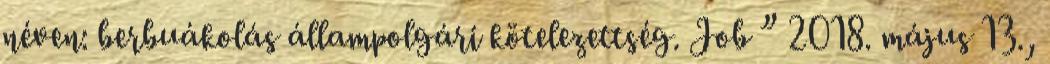
néven: berbuákolás állampolgári kötelezettség. Job ” 2018. május 13.,